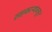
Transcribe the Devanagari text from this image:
सहकाऱ्यांकडून